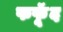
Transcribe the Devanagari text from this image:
फफूॅद